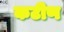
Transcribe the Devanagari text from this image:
कटीण